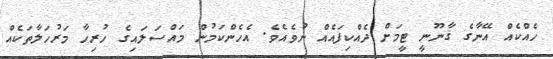
ހެއްކެއް އޭނާގެ ޤާނޫނީ ޓީމަށް ދެއްކިފައެއް ނުވެއެވެ. އެހެންކަމުން މައްސަލައިގެ ހުރިހާ މަރުހަލާތަކެއް